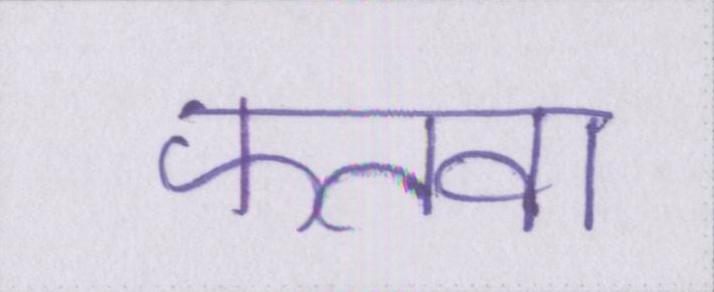
फतवा